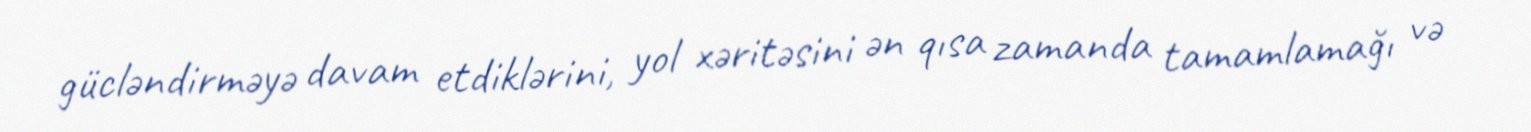
gücləndirməyə davam etdiklərini, yol xəritəsini ən qısa zamanda tamamlamağı və